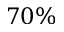
7 0 \%